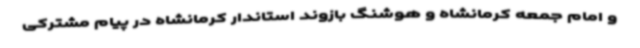
و امام جمعه کرمانشاه و هوشنگ بازوند استاندار کرمانشاه در پیام مشترکی